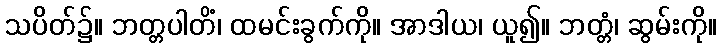
သပိတ်၌။ ဘတ္တပါတိံ၊ ထမင်းခွက်ကို။ အာဒါယ၊ ယူ၍။ ဘတ္တံ၊ ဆွမ်းကို။